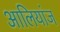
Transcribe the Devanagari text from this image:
आलियांज